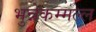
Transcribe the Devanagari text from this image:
भुन्नेकम्मल्ल